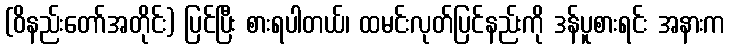
(ဝိနည်းတော်အတိုင်း) ပြင်ပြီး စားရပါတယ်၊ ထမင်းလုတ်ပြင်နည်းကို ဒန်ပူစားရင်း အနားက